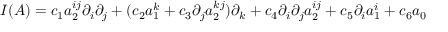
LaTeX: { \cal I } ( A ) = c _ { 1 } a _ { 2 } ^ { i j } \partial _ { i } \partial _ { j } + ( c _ { 2 } a _ { 1 } ^ { k } + c _ { 3 } \partial _ { j } a _ { 2 } ^ { k j } ) \partial _ { k } + c _ { 4 } \partial _ { i } \partial _ { j } a _ { 2 } ^ { i j } + c _ { 5 } \partial _ { i } a _ { 1 } ^ { i } + c _ { 6 } a _ { 0 }